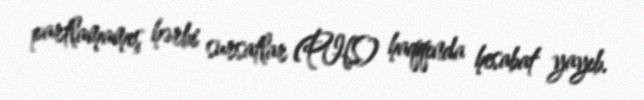
partlamamış hərbi sursatlar (PHS) haqqında hesabat yayıb.